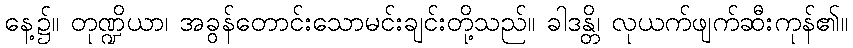
နေ့၌။ တုဏ္ဍိယာ၊ အခွန်တောင်းသောမင်းချင်းတို့သည်။ ခါဒန္တိ၊ လုယက်ဖျက်ဆီးကုန်၏။